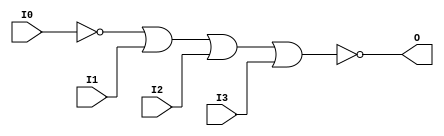
// This program was cloned from: https://github.com/jhshi/openofdm
// License: Apache License 2.0

// $Header: /devl/xcs/repo/env/Databases/CAEInterfaces/verunilibs/data/unisims/NOR4B1.v,v 1.6 2007/05/23 21:43:39 patrickp Exp $
///////////////////////////////////////////////////////////////////////////////
// Copyright (c) 1995/2004 Xilinx, Inc.
// All Right Reserved.
///////////////////////////////////////////////////////////////////////////////
//   ____  ____
//  /   /\/   /
// /___/  \  /    Vendor : Xilinx
// \   \   \/     Version : 10.1
//  \   \         Description : Xilinx Functional Simulation Library Component
//  /   /                  4-input NOR Gate
// /___/   /\     Filename : NOR4B1.v
// \   \  /  \    Timestamp : Thu Mar 25 16:42:58 PST 2004
//  \___\/\___\
//
// Revision:
//    03/23/04 - Initial version.
//    05/23/07 - Changed timescale to 1 ps / 1 ps.
//    05/23/07 - Added wire declaration for internal signals.

`timescale  1 ps / 1 ps


module NOR4B1 (O, I0, I1, I2, I3);

    output O;

    input  I0, I1, I2, I3;

    wire i0_inv;

    not N0 (i0_inv, I0);
    nor O1 (O, i0_inv, I1, I2, I3);


endmodule